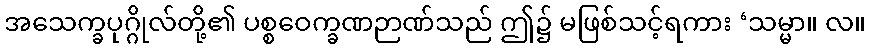
အသေက္ခပုဂ္ဂိုလ်တို့၏ ပစ္စဝေက္ခဏဉာဏ်သည် ဤ၌ မဖြစ်သင့်ရကား ‘သမ္မာ။ လ။